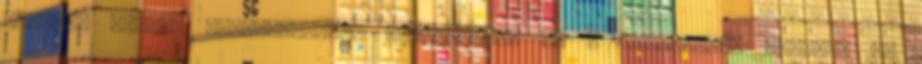
sikerül kicsit kizökkentenem ellenfeleim is a ritmusból. Alexnek jó